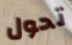
تحول